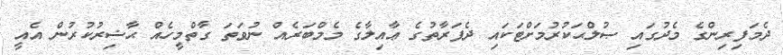
ދެމަފިރިންގެ މެދުގައި ޞުލްޙަކުރުމަށްޓަކައި ދެފަރާތުގެ ޢާއިލާގެ މެމްބަރެއް ނުވަތަ ގާތްމީހެއް ޙާޟިރުކުރުން އެއީ